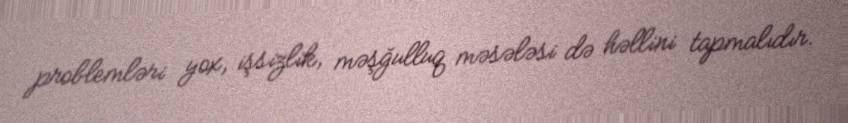
problemləri yox, işsizlik, məşğulluq məsələsi də həllini tapmalıdır.